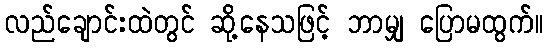
လည်ချောင်းထဲတွင် ဆို့နေသဖြင့် ဘာမျှ ပြောမထွက်။